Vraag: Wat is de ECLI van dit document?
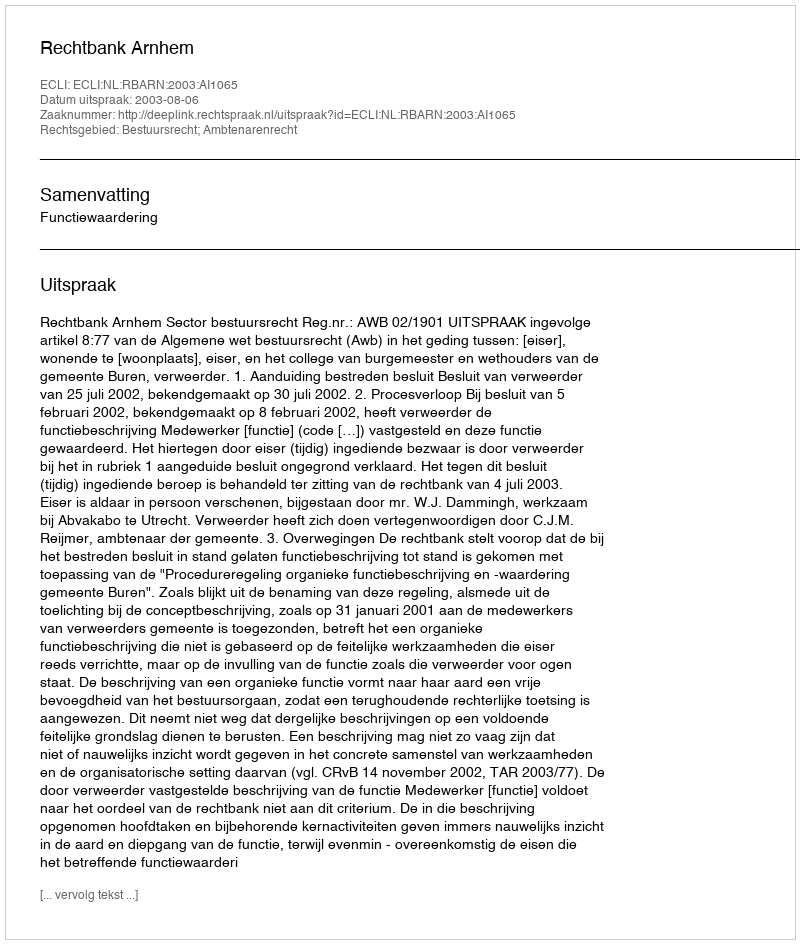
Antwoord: ECLI:NL:RBARN:2003:AI1065